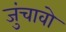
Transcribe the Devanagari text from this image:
जुंचावो